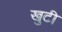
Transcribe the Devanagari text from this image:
खुटी